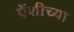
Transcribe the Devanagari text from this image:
एेंशीच्या